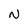
Character: N